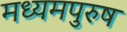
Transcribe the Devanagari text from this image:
मध्‍यमपुरुष